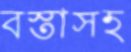
বস্তাসহ